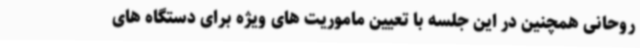
روحانی همچنین در این جلسه با تعیین ماموریت های ویژه برای دستگاه های